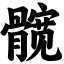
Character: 髋